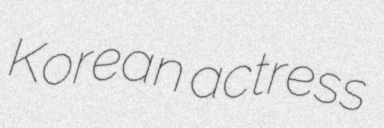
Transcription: Korean actress